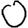
Digit: 0